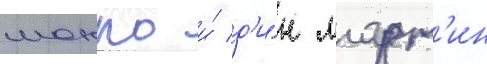
монро и́ д'и́н март'ин